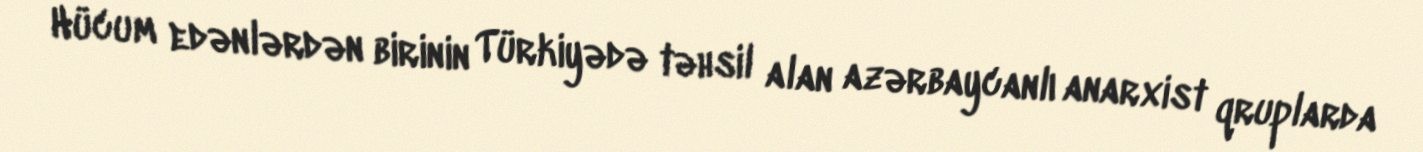
Hücum edənlərdən birinin Türkiyədə təhsil alan azərbaycanlı anarxist qruplarda